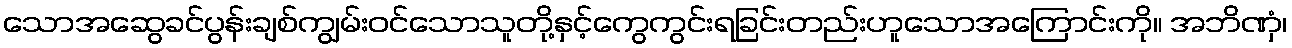
သောအဆွေခင်ပွန်းချစ်ကျွမ်းဝင်သောသူတို့နှင့်ကွေကွင်းရခြင်းတည်းဟူသောအကြောင်းကို။ အဘိဏှံ၊